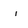
Character: i